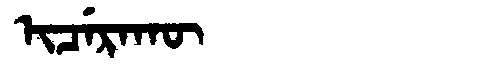
Manchu: ᡳᠴᡝᡵᠠᡴᡡ
Romanization: ICERAKŪ